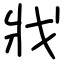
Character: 戕